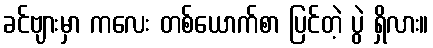
ခင်ဗျားမှာ ကလေး တစ်ယောက်စာ ပြင်တဲ့ ပွဲ ရှိလား။